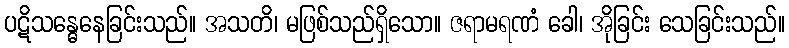
ပဋိသန္ဓေနေခြင်းသည်။ အသတိ၊ မဖြစ်သည်ရှိသော။ ဇရာမရဏံ ခေါ၊ အိုခြင်း သေခြင်းသည်။